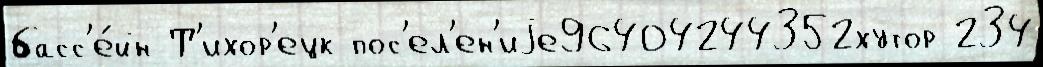
басс'е́йн Т'ихор'ецк пос'ел'ен'иjе96404244352хутор 234